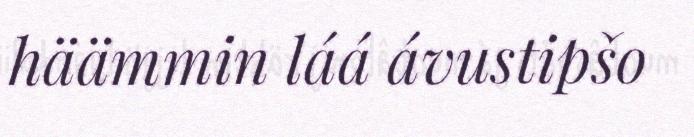
häämmin láá ávustipšo